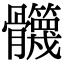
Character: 𩪻